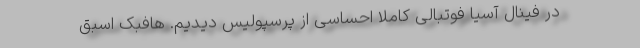
در فینال آسیا فوتبالی کاملا احساسی از پرسپولیس دیدیم. هافبک اسبق